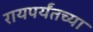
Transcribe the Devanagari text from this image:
रायपर्यंतच्या